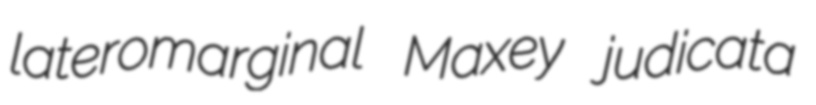
lateromarginal Maxey judicata